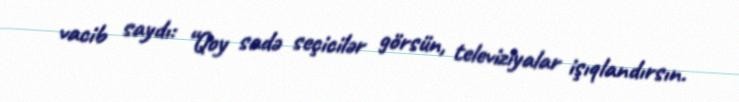
vacib saydı: “Qoy sadə seçicilər görsün, televiziyalar işıqlandırsın.